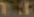
۱۲